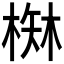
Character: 𰗾